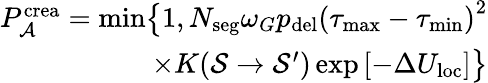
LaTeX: \begin{array}{r}{P_{\mathcal{A}}^{\mathrm{crea}}=\operatorname*{min}\bigr\{ 1,N_{\mathrm{seg}}\omega_{G}p_{\mathrm{del}}\left(\tau_{\mathrm{max}}-\tau_{\mathrm{min}}\right)^{2}}\\ {\times K(\mathcal{S}\rightarrow\mathcal{S}^{\prime})\exp\left[-\Delta U_{\mathrm{loc}}\right]\bigr\} }\end{array}